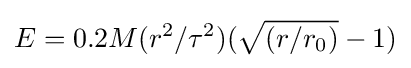
E=0.2M(r^{2}/\tau ^{2})({\sqrt {(r/r_{0})}}-1)